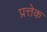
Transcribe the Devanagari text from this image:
प्रत्तेक